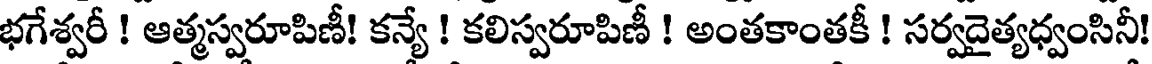
భగేశ్వరీ ! ఆత్మస్వరూపిణీ! కన్యే ! కలిస్వరూపిణీ ! అంతకాంతకీ ! సర్వదైత్యధ్వంసినీ!